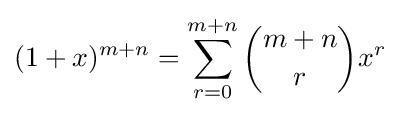
(1+x)^{m+n}=\sum _{r=0}^{m+n}{m+n \choose r}x^{r}